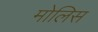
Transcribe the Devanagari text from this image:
मोलिस